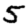
Digit: 5